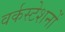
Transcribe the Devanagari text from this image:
वर्कस्टेशनों